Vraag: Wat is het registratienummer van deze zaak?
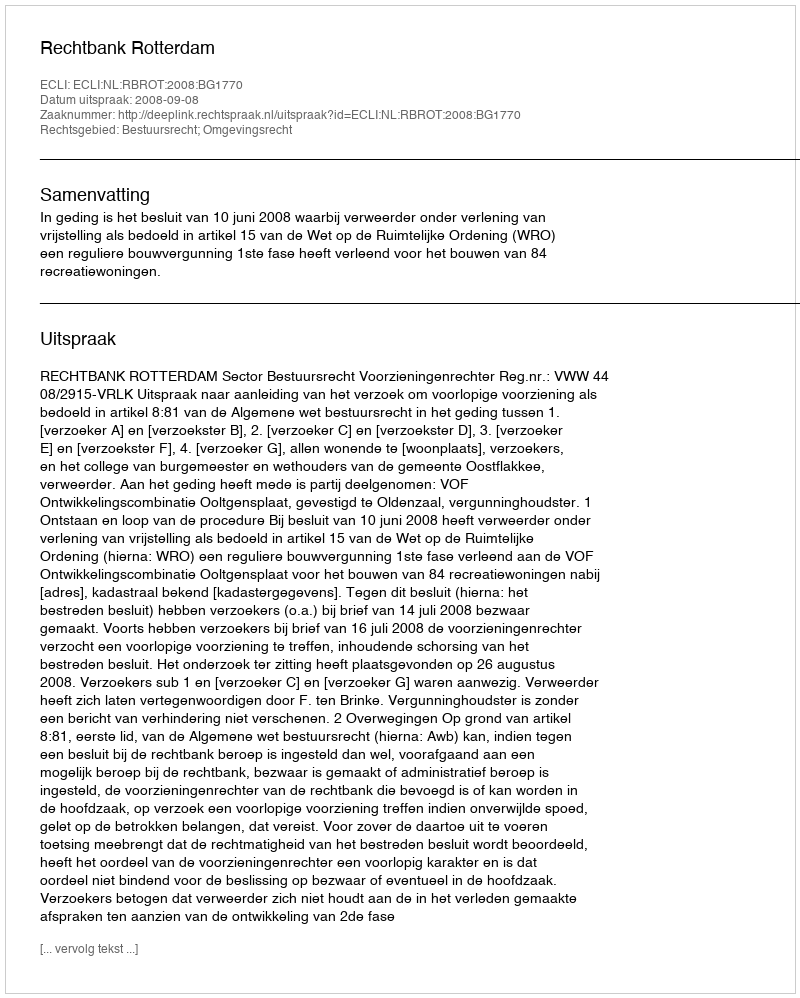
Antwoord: http://deeplink.rechtspraak.nl/uitspraak?id=ECLI:NL:RBROT:2008:BG1770